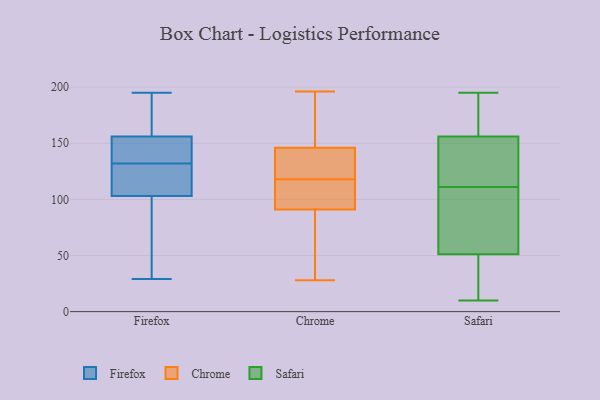
{"axis": {"x": "Budget (USD K)", "y": "Value"}, "legend": ["Chrome", "Firefox", "Safari"], "data": [{"x": "", "y": 188, "type": "Firefox"}, {"x": "", "y": 157, "type": "Firefox"}, {"x": "", "y": 103, "type": "Firefox"}, {"x": "", "y": 92, "type": "Firefox"}, {"x": "", "y": 29, "type": "Firefox"}, {"x": "", "y": 147, "type": "Firefox"}, {"x": "", "y": 122, "type": "Firefox"}, {"x": "", "y": 156, "type": "Firefox"}, {"x": "", "y": 155, "type": "Firefox"}, {"x": "", "y": 131, "type": "Firefox"}, {"x": "", "y": 56, "type": "Firefox"}, {"x": "", "y": 133, "type": "Firefox"}, {"x": "", "y": 101, "type": "Firefox"}, {"x": "", "y": 195, "type": "Firefox"}, {"x": "", "y": 107, "type": "Firefox"}, {"x": "", "y": 182, "type": "Firefox"}, {"x": "", "y": 123, "type": "Firefox"}, {"x": "", "y": 150, "type": "Firefox"}, {"x": "", "y": 102, "type": "Chrome"}, {"x": "", "y": 97, "type": "Chrome"}, {"x": "", "y": 145, "type": "Chrome"}, {"x": "", "y": 149, "type": "Chrome"}, {"x": "", "y": 28, "type": "Chrome"}, {"x": "", "y": 196, "type": "Chrome"}, {"x": "", "y": 151, "type": "Chrome"}, {"x": "", "y": 53, "type": "Chrome"}, {"x": "", "y": 118, "type": "Chrome"}, {"x": "", "y": 73, "type": "Chrome"}, {"x": "", "y": 124, "type": "Chrome"}, {"x": "", "y": 131, "type": "Chrome"}, {"x": "", "y": 100, "type": "Chrome"}, {"x": "", "y": 195, "type": "Safari"}, {"x": "", "y": 166, "type": "Safari"}, {"x": "", "y": 10, "type": "Safari"}, {"x": "", "y": 105, "type": "Safari"}, {"x": "", "y": 130, "type": "Safari"}, {"x": "", "y": 182, "type": "Safari"}, {"x": "", "y": 174, "type": "Safari"}, {"x": "", "y": 64, "type": "Safari"}, {"x": "", "y": 11, "type": "Safari"}, {"x": "", "y": 82, "type": "Safari"}, {"x": "", "y": 117, "type": "Safari"}, {"x": "", "y": 145, "type": "Safari"}, {"x": "", "y": 57, "type": "Safari"}, {"x": "", "y": 146, "type": "Safari"}, {"x": "", "y": 42, "type": "Safari"}, {"x": "", "y": 45, "type": "Safari"}]}